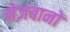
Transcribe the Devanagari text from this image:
मेज़बानों